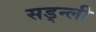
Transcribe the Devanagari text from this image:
सड्न्ली